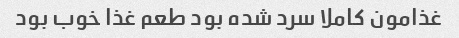
غذامون کاملا سرد شده بود طعم غذا خوب بود